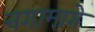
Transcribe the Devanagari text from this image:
नगामागे